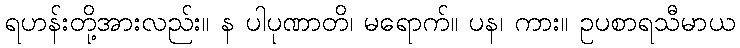
ရဟန်းတို့အားလည်း။ န ပါပုဏာတိ၊ မရောက်။ ပန၊ ကား။ ဥပစာရသီမာယ